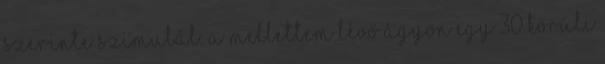
szerinte szimulál. A mellettem lévő ágyon egy 30 körüli